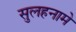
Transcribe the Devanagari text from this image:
सुलहनामे